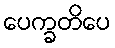
ပေက္ခတိပေ